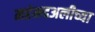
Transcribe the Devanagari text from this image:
महंमदअलीच्या